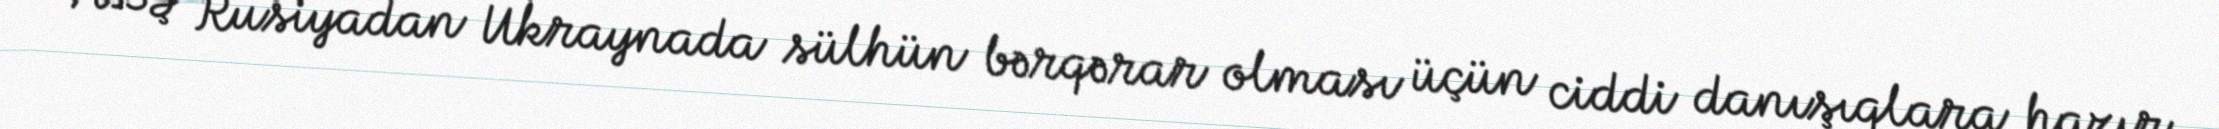
ABŞ Rusiyadan Ukraynada sülhün bərqərar olması üçün ciddi danışıqlara hazır